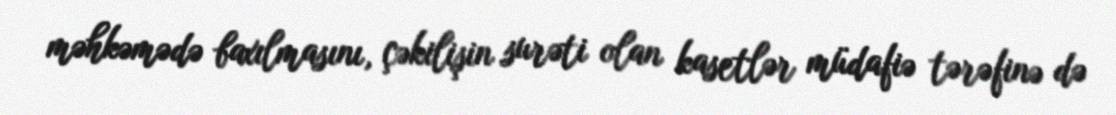
məhkəmədə baxılmasını, çəkilişin surəti olan kasetlər müdafiə tərəfinə də